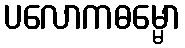
ပလောကဓမ္မော